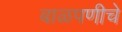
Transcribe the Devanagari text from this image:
बाळपणीचे